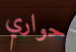
حواري